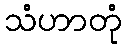
သံဟာတုံ